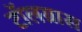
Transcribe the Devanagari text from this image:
टॉलग्रास